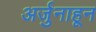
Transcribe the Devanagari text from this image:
अर्जुनाहून